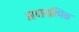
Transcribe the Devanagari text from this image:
आधायात्मिक